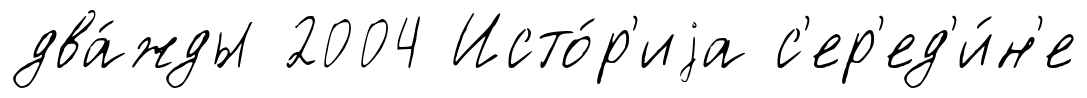
два́жды 2004 Исто́р'иjа с'ер'ед'и́н'е